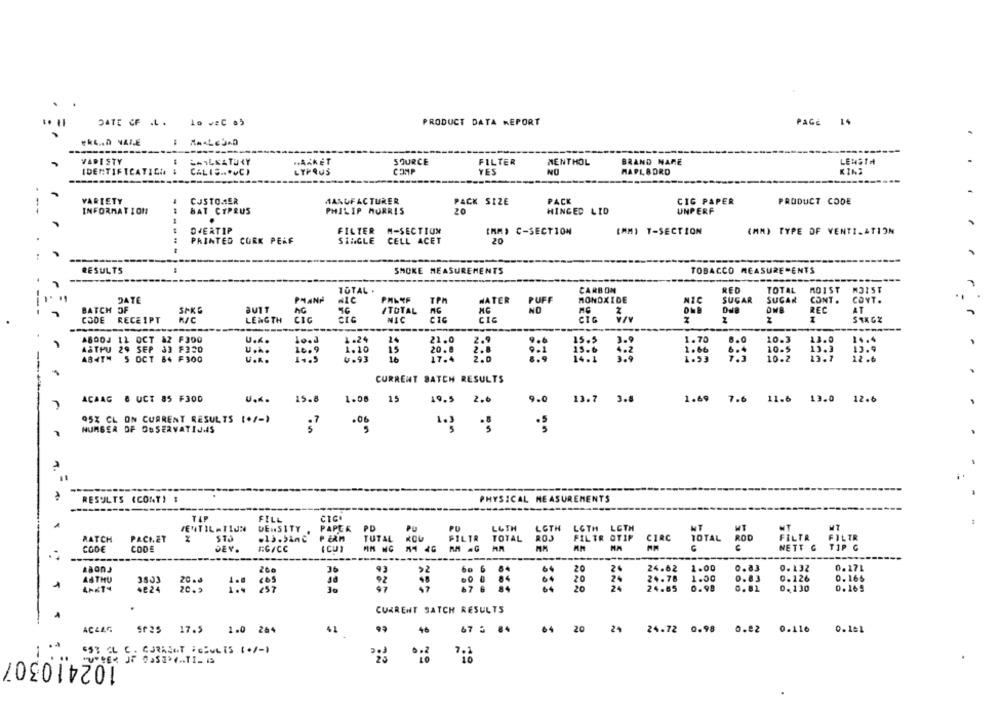
PRODUCT DATA REPORT
PAGE 14
DATE CF .L. 10 JeC 85
ek4 .. 0 VAIE
VADISTY
HAKKET
SOURCE
FILTER
MENTHOL
BRAND NAME
LENSTH
IDENTIFICATION #
CALIS ... UC)
CYPRUS
YES
NO
MAPLBORD
KINS
VARIETY
CUSTOMER
MANUFACTURER
PACK SIZE
PACK
CIG PAPER
PRODUCT CODE
INFORMATION
BAT CYPRUS
PHILIP MORRIS
20
HINGED LID
UNPERF
---
OVERTIP
FILTER N-SECTION
[MM) C-SECTION
[MM] T-SECTION
(MM) TYPE OF VENTILATION
PRINTED CORK PEAF
SINGLE CELL ACET
20
RESULTS
SMOKE MEASUREMENTS
TOBACCO MEASUREMENTS
TOTAL .
CARBON
RED
TOTAL
MOIST
DATE
PRANA
NIC
TPM
WATER
PUFF
MONOXIDE
NIC
SUGAR
SUCAR
CONT .
CONT.
BATCH OF
MC
NO
SPKG
AG
ITOTAL
OMB
REC
AT
CODE
RECEIPT
LENGTH
CIG
CIG
NIC
CIC
CIC
CIG
1
I
STK GZ
-----
-----------
ABDOJ 12 OCT 12 F300
U.K.
1.24
21.0
2.9
..
15.5
1.70
.. 0
10.3
13.0
14.4
ASTPU
29 SEP 33 F320
U ...
16.9
1.10
20.0
1.66
10-5
13.3
13.9
AB4TH
5 OCT 84 F300
14.5
4 .93
17.4
2.0
9 . 1
13.6
1.53
10.2
13.7
12 .6
U.K.
CURRENT BATCH RESULTS
ACAAG & UCT 85 F300
U.K.
19.8
1.08
15
19.5
2.6
9.0
13.7
3.8
1.69
7.6 11.6 13.0 12.6
95% CL ON CURRENT RESULTS [+/-)
.06
NUMBER OF OBSERVATIJAS
RESULTS (CONT) :
PHYSICAL MEASUREMENTS
TAP
FILL
CICK
VENTILATION
DENSITY
PAPER PD
PD
L&TH
LOTH
MT
LOTH LETH
RATCH
PACKET
.13.5Anc
TUTAL
FILTR
TOTAL
FILTR OTIP
CIRC
TOTAL ROD
CODE
CODE
DEY.
RG/CC
( CU)
MIM NC
FILTR FILTR
NETT G
-----
ABon3
200
24.62
1.00
0. 132
0.171
ASTHU
20 .J
20
1.50
0.126
0.166
28.75
4824
20.2
3o
0.98
0. 130
0.169
CURRENT SATCH RESULTS
ACLAG
Sf25 17.5
1.0 264
41
46
67 5 84
20
24
24.72 0.98 0.82 0.116 0.101
$5% GL C. CURASGT F ESUL TS (+/-)
102410307